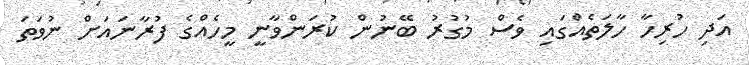
އަދި ހުރިހާ ހާލަތެއްގައި ވެސް މުގުރު ބޭނުން ކުރަންވާނީ މީހެއްގެ ފުރާނައަށް ނުވަތަ